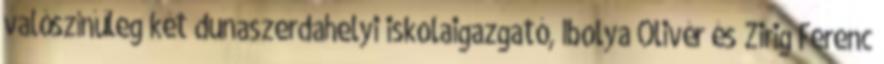
valószínűleg két dunaszerdahelyi iskolaigazgató, Ibolya Olivér és Zirig Ferenc